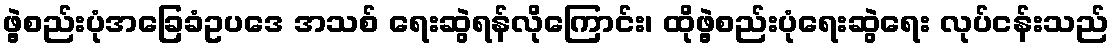
ဖွဲ့စည်းပုံအခြေခံဥပဒေ အသစ် ရေးဆွဲရန်လိုကြောင်း၊ ထိုဖွဲ့စည်းပုံရေးဆွဲရေး လုပ်ငန်းသည်